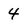
Character: 4